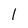
Character: l